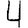
Digit: 4